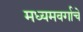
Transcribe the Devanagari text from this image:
मध्यमवर्गाचे